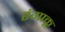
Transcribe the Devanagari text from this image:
रंगाकू